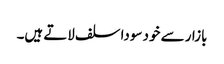
بازار سے خود سودا سلف لاتے ہیں۔